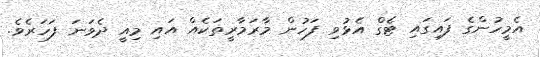
އެމީހުންގެ ފައިގައި ޓެގް އެޅުވި ފަހުން މާރަމާރީތަކެއް އައި މިއީ ދެވަނަ ފަހަރެވެ.